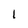
Character: l